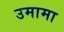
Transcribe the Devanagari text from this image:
उमामा